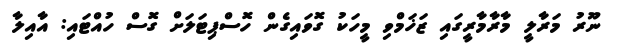
ނޫރު މަރާލީ މާރާމާރީގައި ޒަޚަމްވި މީހަކު ގޮވައިގެން ހޮސްޕިޓަލަށް ގޮސް ހުއްޓައި: އާއިލާ